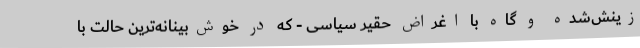
زینش‌شده و گاه با اغراض حقیر سیاسی - که در خوش‌بینانه‌ترین حالت با